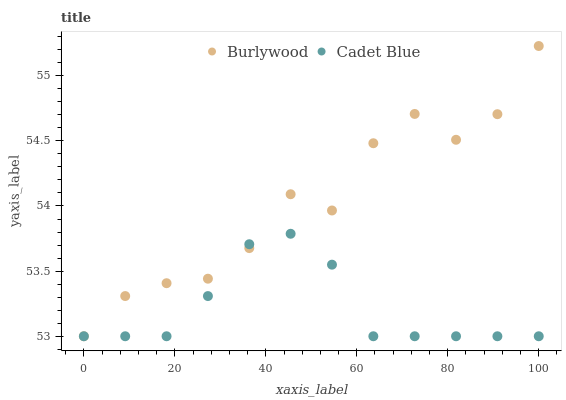
| xaxis_label | Burlywood | Cadet Blue |
 | --- | --- | --- |
 | 0 | 53 | 53 |
 | 9.09 | 53.3 | 53 |
 | 18.2 | 53.4 | 53 |
 | 27.3 | 53.4 | 53.3 |
 | 36.4 | 53.7 | 53.7 |
 | 45.5 | 54.1 | 53.8 |
 | 54.5 | 54 | 53.5 |
 | 63.6 | 54.5 | 53 |
 | 72.7 | 54.7 | 53 |
 | 81.8 | 54.5 | 53 |
 | 90.9 | 54.7 | 53 |
 | 100 | 55.2 | 53 |